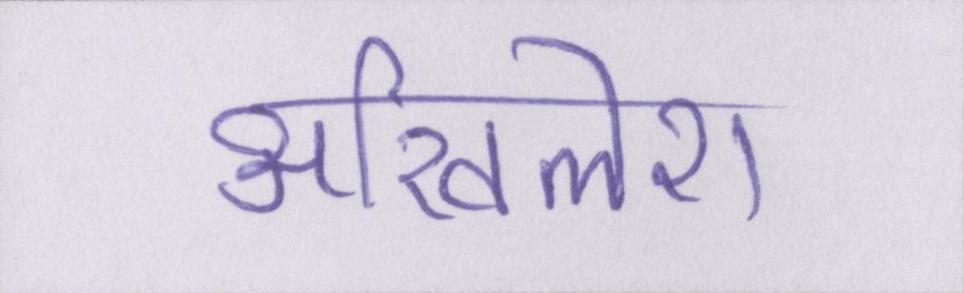
अखिलेश